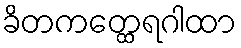
ခိတကတ္ထေရဂါထာ